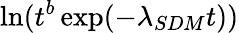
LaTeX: \ln(t^{b}\exp(-\lambda_{SDM}t))